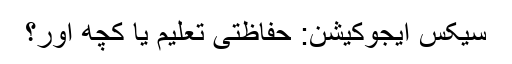
سیکس ایجوکیشن: حفاظتی تعلیم یا کچھ اور؟